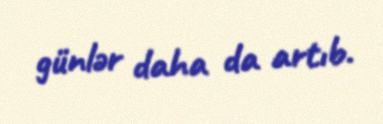
günlər daha da artıb.